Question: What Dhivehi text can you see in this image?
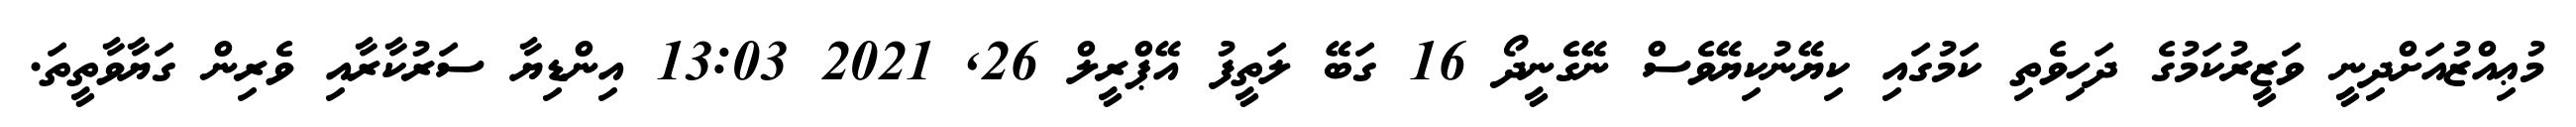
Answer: މުޢިއްޒުއަށްދިނީ ވަޒީރުކަމުގެ ދަހިވެތި ކަމުގައި ކިޔޭނުކިޔޭވެސް ނޭގެނީދޯ 16 ގަބޭ ލަތީފު އޭޕްރީލް 26, 2021 13:03 އިންޑިޔާ ސަރުކާރާއި ވެރިން ގަޔާވާތީތަ.